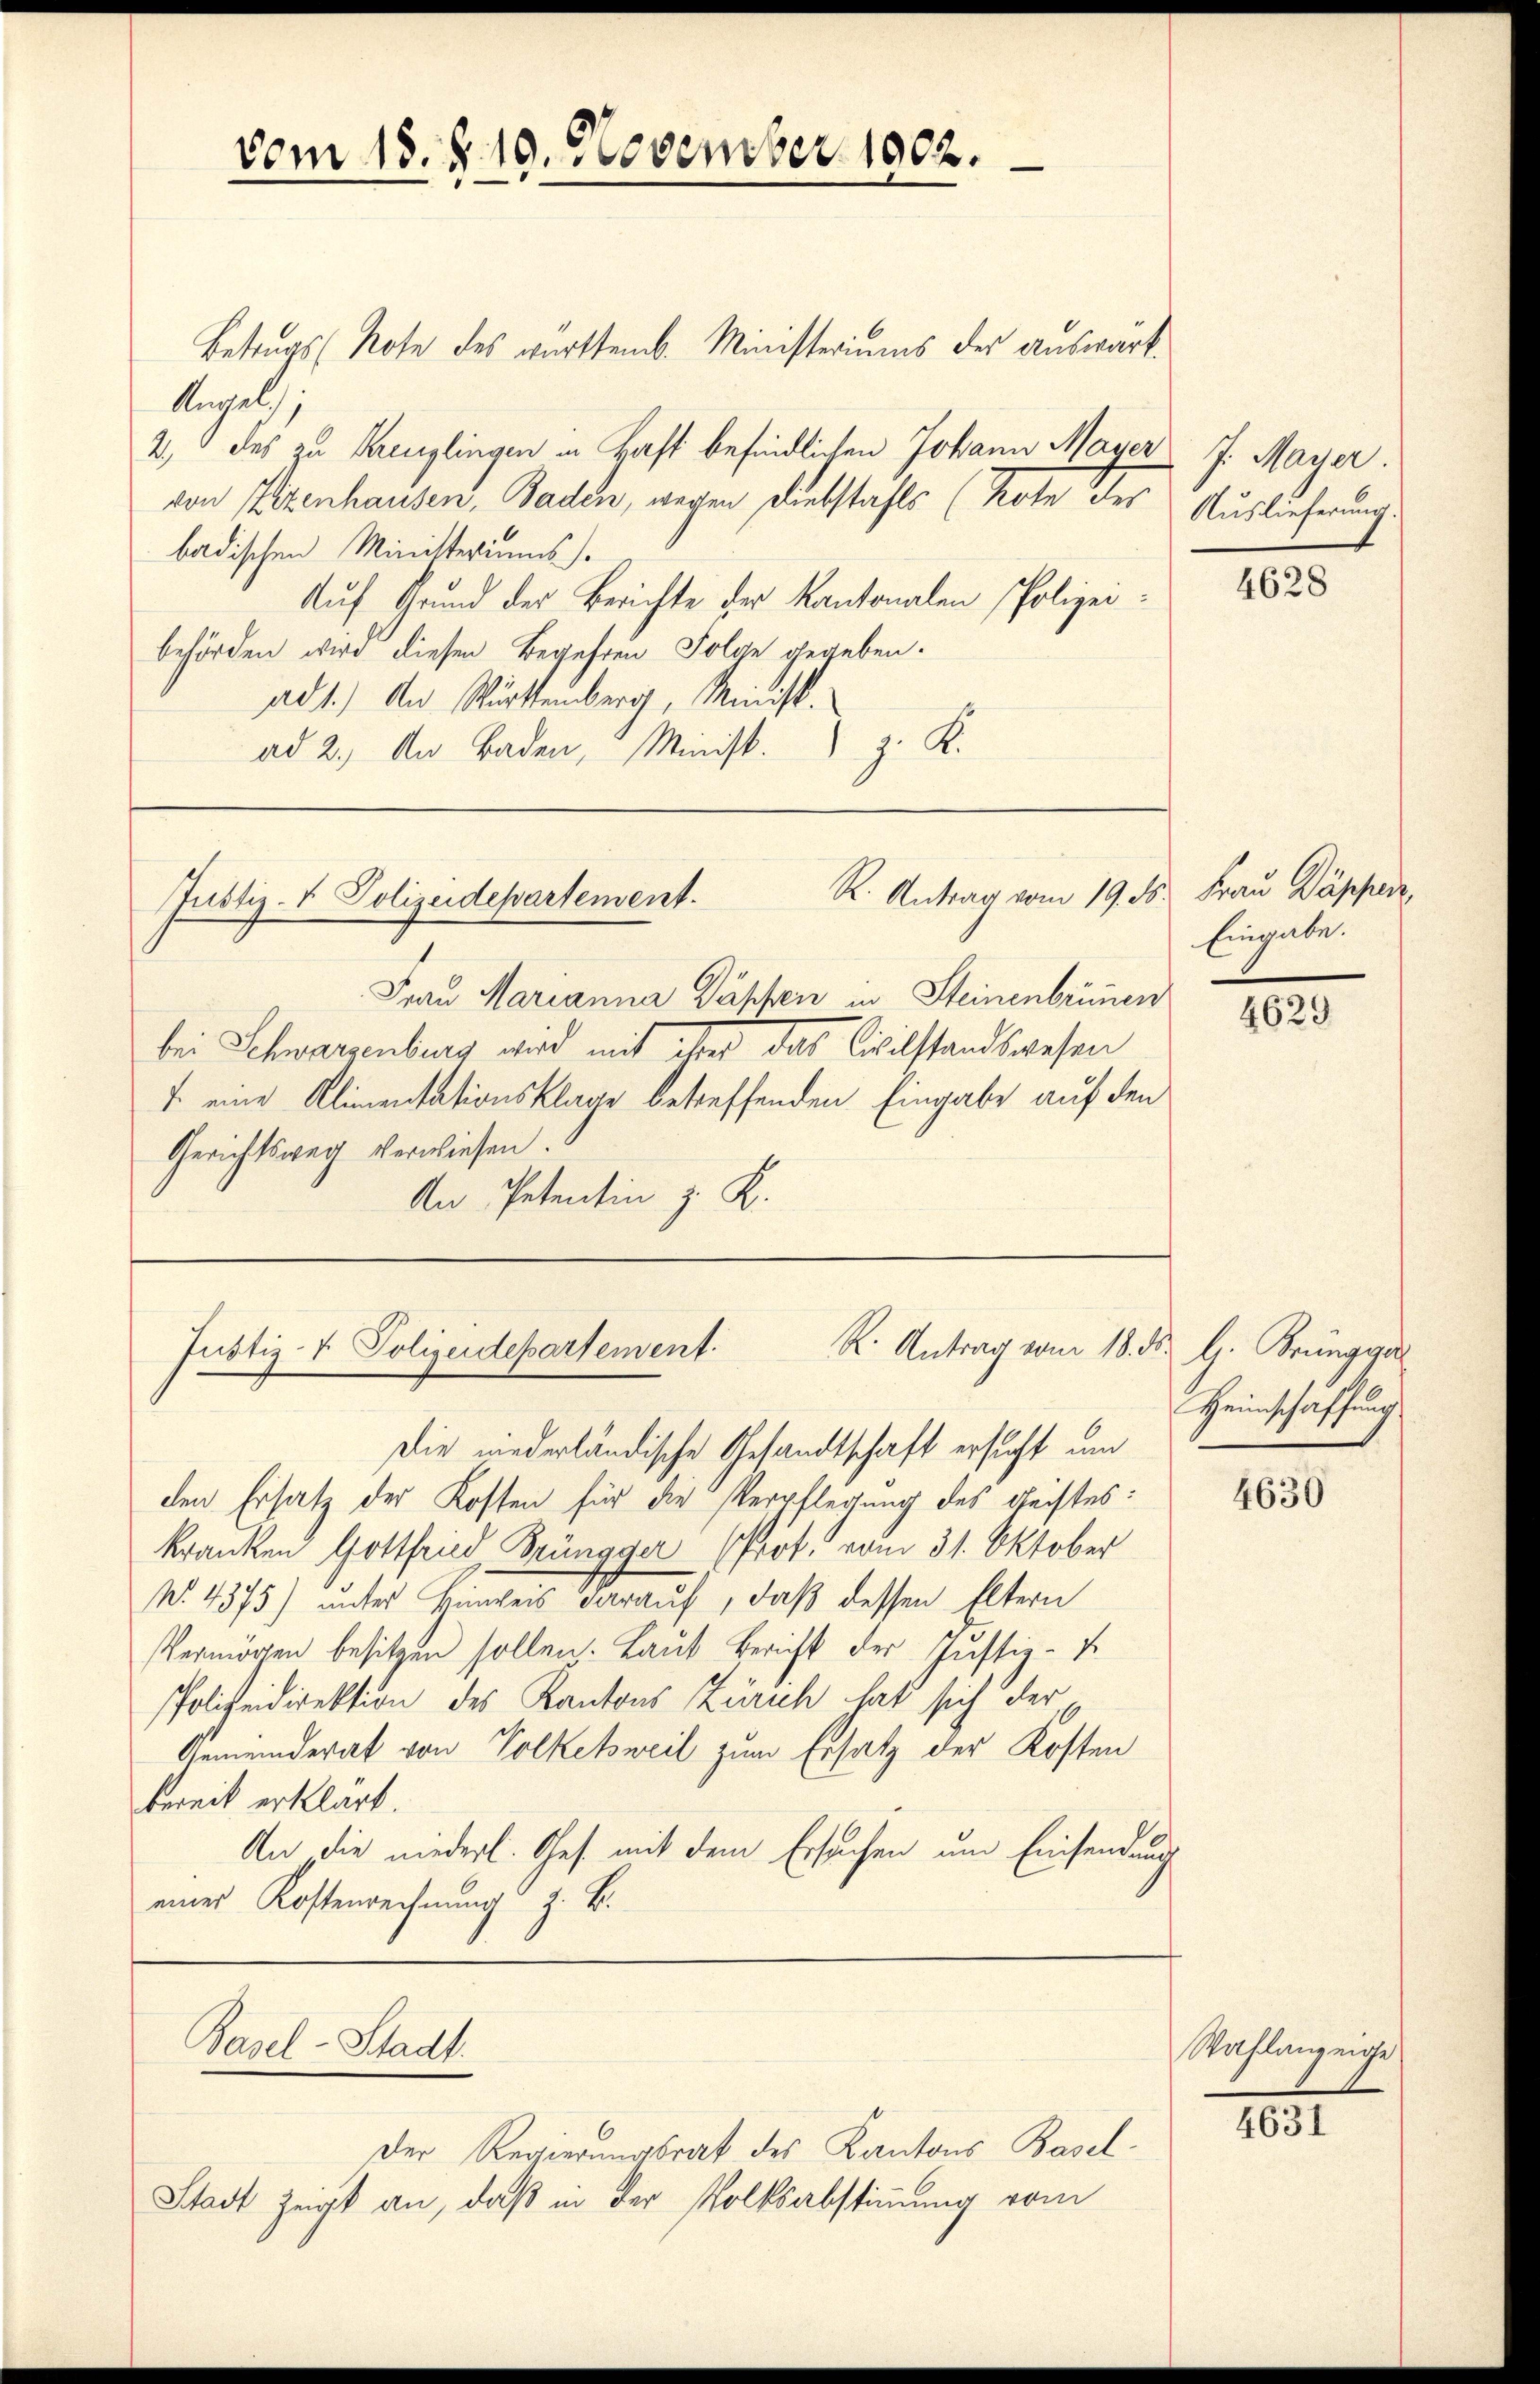
vom 18. d. 10. November 1902.

Betrugs (Note des württemb. Ministeriums der auswärt
Angel
2., des zu Kreuzlingen in Hast befindlichen Johann Mayer 7. Mayer.
von Eigenhausen, Baden, wegen Diebstahls (Note der
badischen Ministeriums.
Auf Grund der Berichte der Kantonalen Polizeibehörden wird diesen Begehren Folge gegeben.
ad 1.) An Württemberg, Minist.
ad 2. An Baden, Minist. z. K.

R. Antrag vom 19. ds.
Justiz- & Polizeidepartement.

Frau Marianna Käppen in Steinenbrünnen
bei Schwarzenburg wird mit aber das Civilstandswesen
7. eine Alimentationsklage betreffenden Eingabe auf den
Gerichtsweg verwiesen.
An Petentin z. K.

R. Antrag vom 18.
Justiz- & Polizeidepartement.

Basel-Stadt.

Der Regierungsrat des Kantons Basel¬
Stadt zeigt an, daß in der Volksabstimmung vom

Die niederländische Gesandtschaft ersucht um
den Ersatz der Kosten für die Verpflegung des Geistes:
kranken Gottfried Brüngger Prof. vom 31. Oktober
N. 4375) unter Hinweis darauf, daß dessen Eltern
Vermögen besitzen sollen. Laut Bericht der Justiz- u.
Polizeidirektion des Kantons Zürich hat sich der
Gemeinderat von Volkehweil zum Ersatz der Kosten
bereit erklärt.
An die niederl. Ges. mit dem Ersuchen um Einsendung
einer Kostenrechnung z. B.

Auslieferung.

4628

Frau Wässer,
Eingabe.

4629

F. H. Brünggel
Heimschaffung

4630

Wahlanzeige

4631